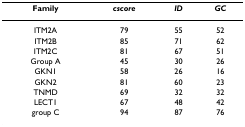
| Family | cscore | ID | GC |
 | --- | --- | --- | --- |
 | ITM2A | 79 | 55 | 52 |
 | ITM2B | 85 | 71 | 62 |
 | ITM2C | 81 | 67 | 51 |
 | Group A | 45 | 30 | 26 |
 | GKN1 | 58 | 26 | 16 |
 | GKN2 | 81 | 60 | 23 |
 | TNMD | 69 | 32 | 32 |
 | LECT1 | 67 | 48 | 42 |
 | group C | 94 | 87 | 76 |